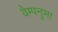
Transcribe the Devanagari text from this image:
वैम्पनुमा